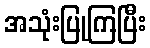
အသုံးပြုကြပြီး